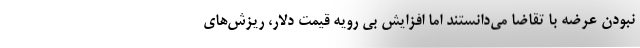
نبودن عرضه با تقاضا می‌دانستند اما افزایش بی رویه قیمت دلار، ریزش‌های